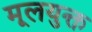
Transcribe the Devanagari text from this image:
मूलयुक्त